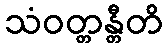
သံဝတ္တန္တီတိ